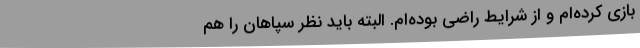
بازی کرده‌ام و از شرایط راضی بوده‌ام. البته باید نظر سپاهان را هم